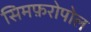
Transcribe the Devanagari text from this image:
सिमफ़रोपोल